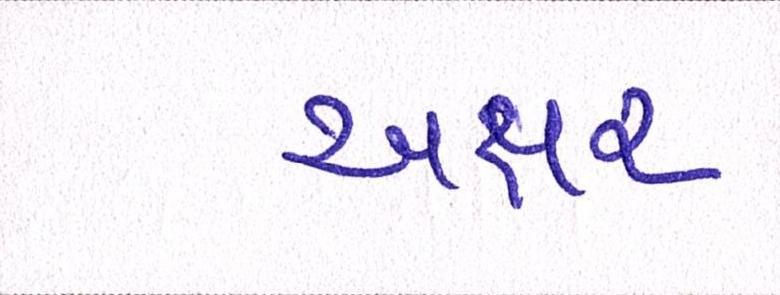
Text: અક્ષર